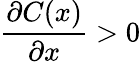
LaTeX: \frac{\partial C(x)}{\partial x}>0